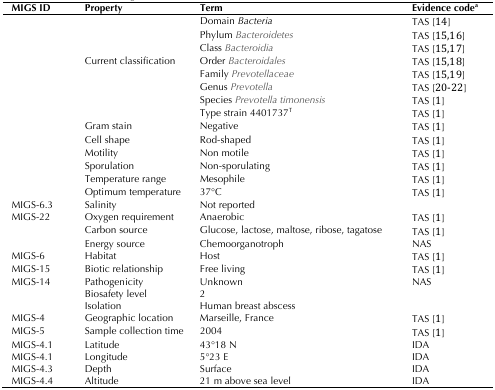
<table><thead><tr><td><b>MIGS ID</b></td><td><b>Property</b></td><td><b>Term</b></td><td><b>Evidence code<sup>a</sup></b></td></tr></thead><tbody><tr><td></td><td></td><td>Domain <i>Bacteria</i></td><td>TAS [14]</td></tr><tr><td></td><td></td><td>Phylum <i>Bacteroidetes</i></td><td>TAS [15,16]</td></tr><tr><td></td><td></td><td>Class <i>Bacteroidia</i></td><td>TAS [15,17]</td></tr><tr><td></td><td>Current classification</td><td>Order <i>Bacteroidales</i></td><td>TAS [15,18]</td></tr><tr><td></td><td></td><td>Family <i>Prevotellaceae</i></td><td>TAS [15,19]</td></tr><tr><td></td><td></td><td>Genus <i>Prevotella</i></td><td>TAS [20-22]</td></tr><tr><td></td><td></td><td>Species <i>Prevotella timonensis</i></td><td>TAS [1]</td></tr><tr><td></td><td></td><td>Type strain 4401737<sup>T</sup></td><td>TAS [1]</td></tr><tr><td></td><td>Gram stain</td><td>Negative</td><td>TAS [1]</td></tr><tr><td></td><td>Cell shape</td><td>Rod-shaped</td><td>TAS [1]</td></tr><tr><td></td><td>Motility</td><td>Non motile</td><td>TAS [1]</td></tr><tr><td></td><td>Sporulation</td><td>Non-sporulating</td><td>TAS [1]</td></tr><tr><td></td><td>Temperature range</td><td>Mesophile</td><td>TAS [1]</td></tr><tr><td></td><td>Optimum temperature</td><td>37°C</td><td>TAS [1]</td></tr><tr><td>MIGS-6.3</td><td>Salinity</td><td>Not reported</td><td></td></tr><tr><td>MIGS-22</td><td>Oxygen requirement</td><td>Anaerobic</td><td>TAS [1]</td></tr><tr><td></td><td>Carbon source</td><td>Glucose, lactose, maltose, ribose, tagatose</td><td>TAS [1]</td></tr><tr><td></td><td>Energy source</td><td>Chemoorganotroph</td><td>NAS</td></tr><tr><td>MIGS-6</td><td>Habitat</td><td>Host</td><td>TAS [1]</td></tr><tr><td>MIGS-15</td><td>Biotic relationship</td><td>Free living</td><td>TAS [1]</td></tr><tr><td>MIGS-14</td><td>PathogenicityBiosafety levelIsolation</td><td>Unknown2Human breast abscess</td><td>NAS</td></tr><tr><td>MIGS-4</td><td>Geographic location</td><td>Marseille, France</td><td>TAS [1]</td></tr><tr><td>MIGS-5</td><td>Sample collection time</td><td>2004</td><td>TAS [1]</td></tr><tr><td>MIGS-4.1</td><td>Latitude</td><td>43°18 N</td><td>IDA</td></tr><tr><td>MIGS-4.1</td><td>Longitude</td><td>5°23 E</td><td>IDA</td></tr><tr><td>MIGS-4.3</td><td>Depth</td><td>Surface</td><td>IDA</td></tr><tr><td>MIGS-4.4</td><td>Altitude</td><td>21 m above sea level</td><td>IDA</td></tr></tbody></table>